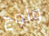
ولوج